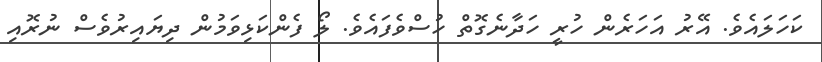
ކަހަލައެވެ. އޭރު އަހަރެން ހުރީ ހަދާނެގޮތް ހުސްވެފައެވެ. ލޯ ފެންކަޅިވަމުން ދިޔައިރުވެސް ނުރޮއި